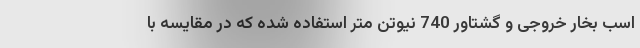
اسب بخار خروجی و گشتاور 740 نیوتن متر استفاده شده که در مقایسه با